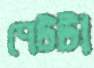
পেটটা